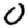
Digit: 0